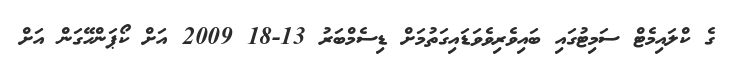
ގެ ކްލައިމެޓް ސަމިޓުގައި ބައިވެރިވެވަޑައިގަތުމަށް ޑިސެމްބަރު 13-18 2009 އަށް ކޯޕަންހޭގަން އަށް